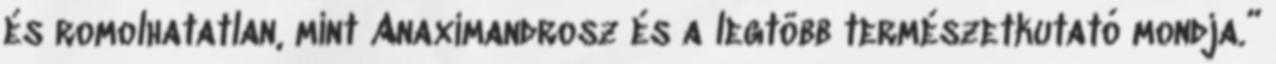
és romolhatatlan, mint Anaximandrosz és a legtöbb természetkutató mondja.”